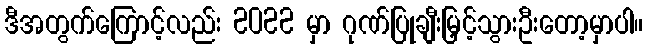
ဒီအတွက်ကြောင့်လည်း 2022 မှာ ဂုဏ်ပြုချီးမြှင့်သွားဦးတော့မှာပါ။